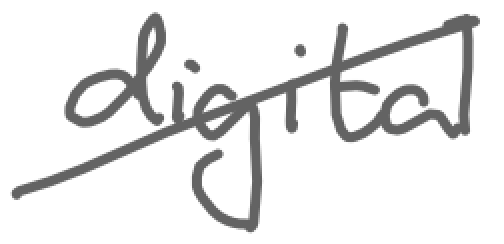
Text: digital
Cross-out: diagonal
Writing tool: digital_gray